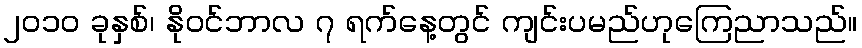
၂၀၁၀ ခုနှစ်၊ နိုဝင်ဘာလ ၇ ရက်နေ့တွင် ကျင်းပမည်ဟုကြေညာသည်။